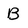
Character: B